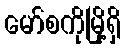
မော်စကိုမြို့ရှိ